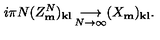
i \pi N ( Z _ { \bf m } ^ { N } ) _ { \bf k l } \mathop { \longrightarrow } _ { N \rightarrow \infty } ( X _ { \bf m } ) _ { \bf k l } .